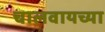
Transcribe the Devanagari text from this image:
चालवायच्या